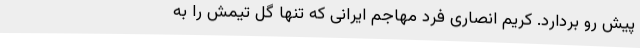
پیش رو بردارد. کریم انصاری فرد مهاجم ایرانی که تنها گل تیمش را به